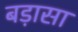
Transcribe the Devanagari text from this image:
बड़ासा